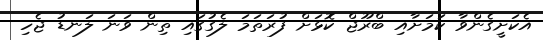
އެކަށީގެންވާ ކަމަށާއި ބްރޫޖް ކޮޅަށް ފުރަތަމަ ލެގުގައި ތިން ވަނަ ލަނޑު ޖެހި